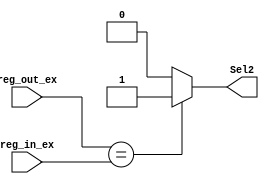
module f_unit(reg_out_ex, reg_in_ex, Sel2);
input [2:0]reg_out_ex, reg_in_ex;
output Sel2;
assign Sel2 = (reg_out_ex == reg_in_ex)? (1):(0);
endmodule